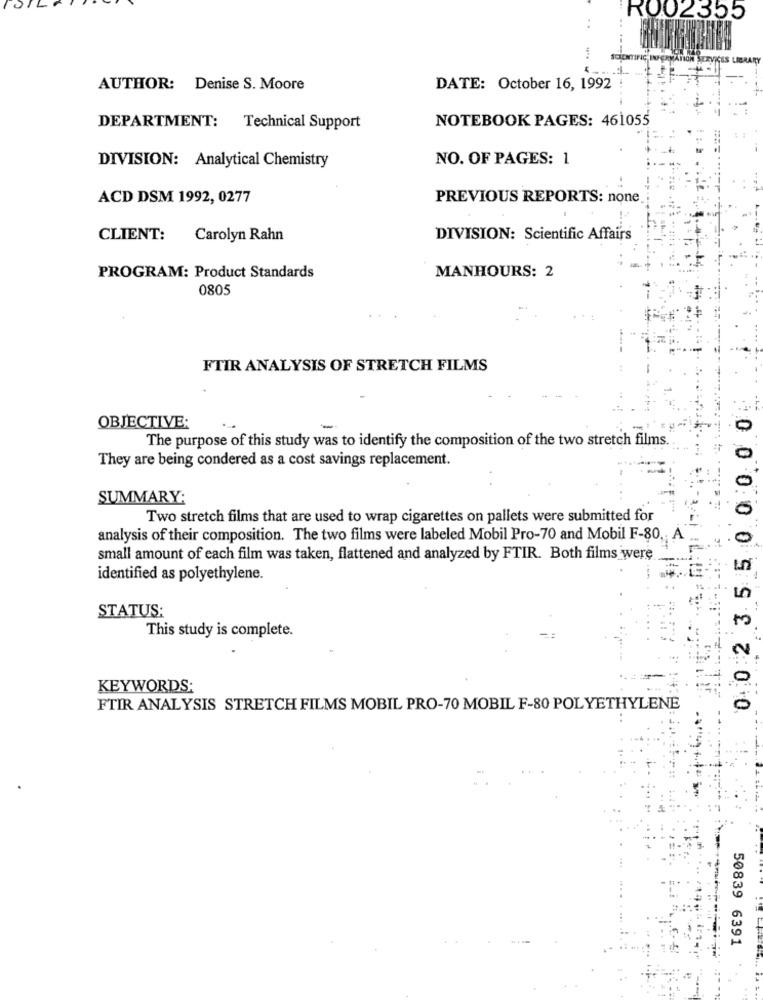
RO02355
. .
IS LIBRARY
AUTHOR: Denise S. Moore
DATE: October 16, 1992
NOTEBOOK PAGES: 461055
DEPARTMENT: Technical Support
NO. OF PAGES: 1
DIVISION: Analytical Chemistry
ACD DSM 1992, 0277
PREVIOUS REPORTS: none
CLIENT:
Carolyn Rahn
DIVISION: Scientific Affairs
MANHOURS: 2
PROGRAM: Product Standards
0805
FTIR ANALYSIS OF STRETCH FILMS
OBJECTIVE:
The purpose of this study was to identify the composition of the two stretch films.
O
They are being condered as a cost savings replacement.
SUMMARY:
Two stretch films that are used to wrap cigarettes on pallets were submitted for
analysis of their composition. The two films were labeled Mobil Pro-70 and Mobil F-80 ,;
5
small amount of each film was taken, flattened and analyzed by FTIR. Both films were
0:0:2 35
identified as polyethylene.
in
STATUS:
This study is complete.
KEYWORDS:
FTIR ANALYSIS STRETCH FILMS MOBIL PRO-70 MOBIL F-80 POLYETHYLENE
0
50839 6391